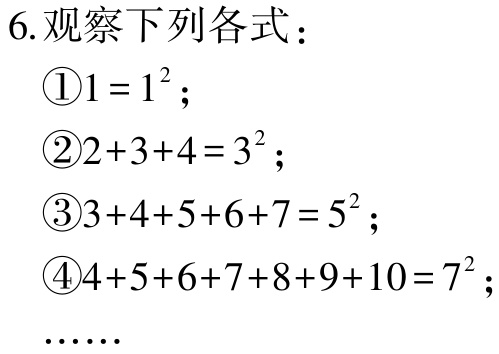
6.观察下列各式：

\textcircled{1}\(1 = 1^{2}\)；

\textcircled{2}\(2 + 3 + 4 = 3^{2}\)；

\textcircled{3}\(3 + 4 + 5 + 6 + 7 = 5^{2}\)；

\textcircled{4}\(4 + 5 + 6 + 7 + 8 + 9 + 10 = 7^{2}\)；

……